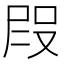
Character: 𭮭